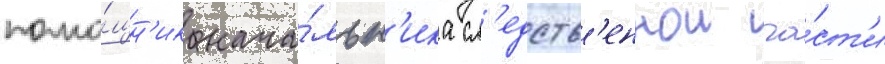
помо́щн'ик нача́льн'ика сл'едств'еннои ча́ст'и